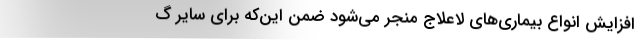
افزایش انواع بیماری‌های لاعلاج منجر می‌شود ضمن این‌که برای سایر گ